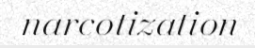
narcotization